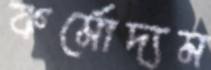
কর্মোদ্যম